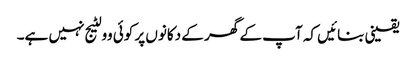
یقینی بنائیں کہ آپ کے گھر کے دکانوں پر کوئی وولٹیج نہیں ہے۔